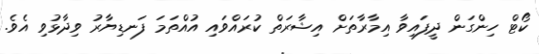
ކޯޓް ހިންގަން ދީފައިވާ އިމާރާތަށް އިޝާރަތް ކުރައްވައި އުއްތަމަ ފަނޑިޔާރު ވިދާޅުވި އެވެ.